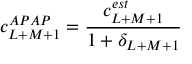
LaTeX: c _ { L + M + 1 } ^ { A P A P } = { \frac { c _ { L + M + 1 } ^ { e s t } } { 1 + \delta _ { L + M + 1 } } }